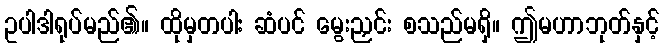
ဥပါဒါရုပ်မည်၏။ ထိုမှတပါး ဆံပင် မွေးညှင်း စသည်မရှိ။ ဤမဟာဘုတ်နှင့်